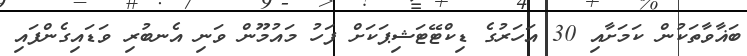
ބަޣާވާތަކުން ކަމަށާއި 30 އަހަރުގެ ޑިކްޓޭޓަޝިޕަކަށް ފަހު މައުމޫން ވަނި އެނބުރި ވަޑައިގެންފައި